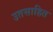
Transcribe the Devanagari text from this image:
उतसाहित